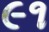
૯૧